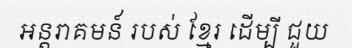
អន្តរាគមន៍ របស់ ខ្មែរ ដើម្បី ជួយ